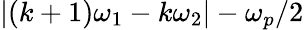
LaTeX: |(k+1)\omega_{1}-k\omega_{2}|-\omega_{p}/2